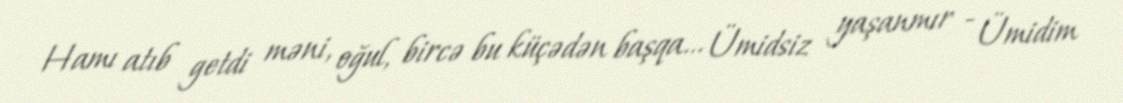
Hamı atıb getdi məni, oğul, bircə bu küçədən başqa... Ümidsiz yaşanmır - Ümidim